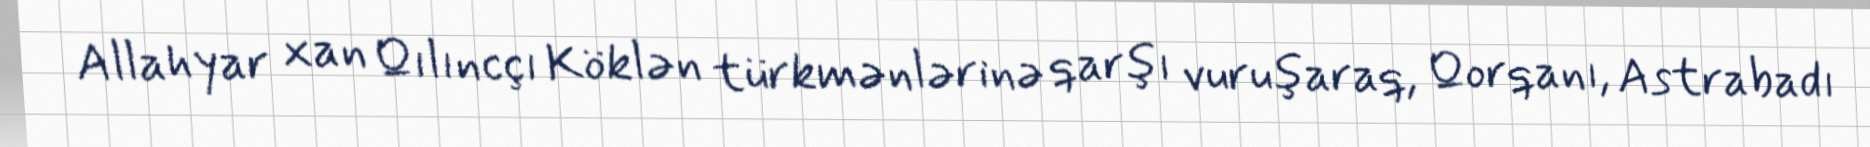
Allahyar xan Qılıncçı Köklən türkmənlərinə qarşı vuruşaraq, Qorqanı, Astrabadı